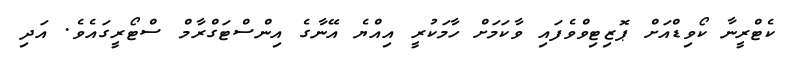
ކެޓްރީނާ ކޯވިޑްއަށް ޕޮޒިޓިވްވެފައި ވާކަމަށް ހާމަކުރީ އިއްޔެ އޭނާގެ އިންސްޓަގްރާމް ސްޓޯރީގައެވެ. އަދި